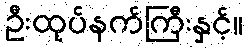
ဦးထုပ်နက်ကြီးနှင့်။